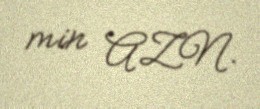
min AZN.